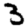
Digit: 3